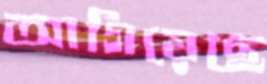
আগিয়েছে